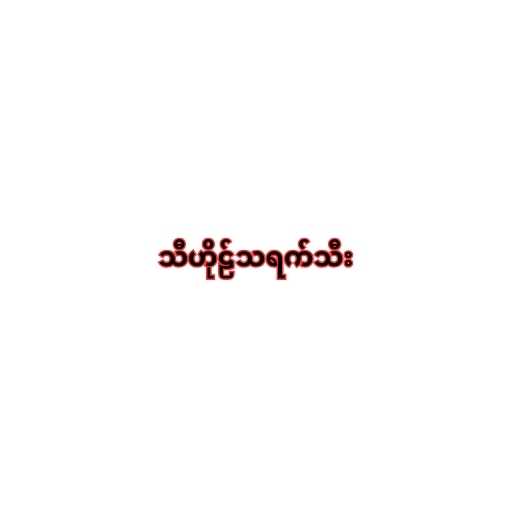
သီဟိုဠ်သရက်သီး